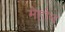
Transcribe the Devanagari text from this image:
मेहोन